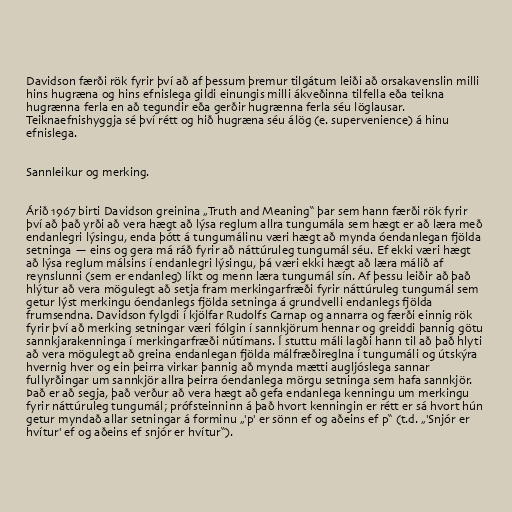
Davidson færði rök fyrir því að af þessum þremur tilgátum leiði að orsakavenslin milli
hins hugræna og hins efnislega gildi einungis milli ákveðinna tilfella eða teikna
hugrænna ferla en að tegundir eða gerðir hugrænna ferla séu löglausar.
Teiknaefnishyggja sé því rétt og hið hugræna séu álög (e. supervenience) á hinu
efnislega.

Sannleikur og merking.

Árið 1967 birti Davidson greinina „Truth and Meaning“ þar sem hann færði rök fyrir
því að það yrði að vera hægt að lýsa reglum allra tungumála sem hægt er að læra með
endanlegri lýsingu, enda þótt á tungumálinu væri hægt að mynda óendanlegan fjölda
setninga — eins og gera má ráð fyrir að náttúruleg tungumál séu. Ef ekki væri hægt
að lýsa reglum málsins í endanlegri lýsingu, þá væri ekki hægt að læra málið af
reynslunni (sem er endanleg) líkt og menn læra tungumál sín. Af þessu leiðir að það
hlýtur að vera mögulegt að setja fram merkingarfræði fyrir náttúruleg tungumál sem
getur lýst merkingu óendanlegs fjölda setninga á grundvelli endanlegs fjölda
frumsendna. Davidson fylgdi í kjölfar Rudolfs Carnap og annarra og færði einnig rök
fyrir því að merking setningar væri fólgin í sannkjörum hennar og greiddi þannig götu
sannkjarakenninga í merkingarfræði nútímans. Í stuttu máli lagði hann til að það hlyti
að vera mögulegt að greina endanlegan fjölda málfræðireglna í tungumáli og útskýra
hvernig hver og ein þeirra virkar þannig að mynda mætti augljóslega sannar
fullyrðingar um sannkjör allra þeirra óendanlega mörgu setninga sem hafa sannkjör.
Það er að segja, það verður að vera hægt að gefa endanlega kenningu um merkingu
fyrir náttúruleg tungumál; prófsteinninn á það hvort kenningin er rétt er sá hvort hún
getur myndað allar setningar á forminu „'p' er sönn ef og aðeins ef p“ (t.d. „'Snjór er
hvítur' ef og aðeins ef snjór er hvítur“).